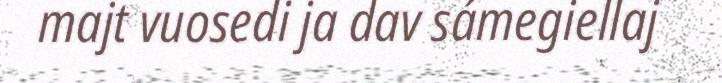
majt vuosedi ja dav sámegiellaj